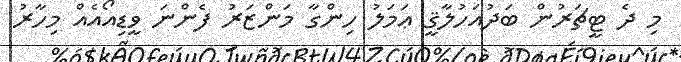
މި ދެ ޓީޗަރުން ބަދުއަހުލާޤީ ޢަމަލު ހިންގާ މަންޒަރު ފެންނަ ވީޑިއޯއެއް މިހާރު